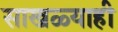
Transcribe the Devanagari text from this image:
साखळ्याही